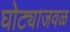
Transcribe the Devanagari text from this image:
घोट्याजवळ